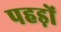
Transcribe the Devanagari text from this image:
पहड़ों